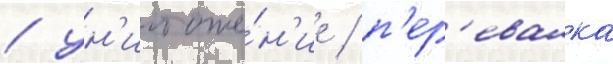
/ ун'ичтоже́н'ие / п'ер'евалка